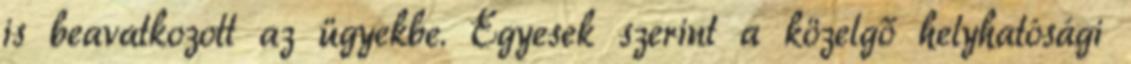
is beavatkozott az ügyekbe. Egyesek szerint a közelgő helyhatósági